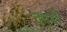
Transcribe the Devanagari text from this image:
न्हायी